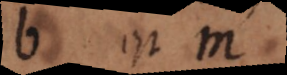
b est m